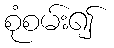
စုံစမ်း၍